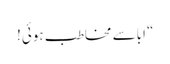
“ اباسے مخاطب ہوئی!